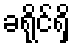
ခရိုင်ရှိ